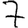
Digit: 7